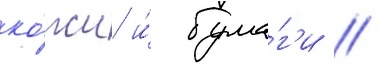
ко́жи и́ бума́г'и //